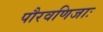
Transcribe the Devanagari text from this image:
पौरवणिजाः